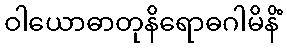
ဝါယောဓာတုနိရောဓဂါမိနိံ